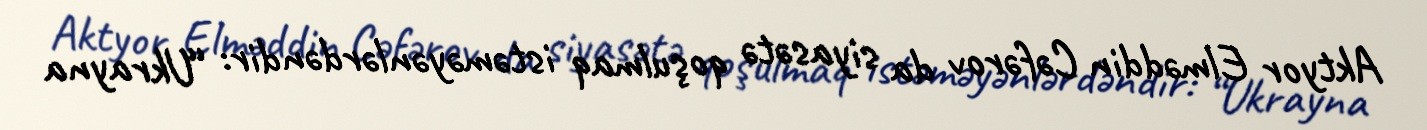
Aktyor Elməddin Cəfərov da siyasətə qoşulmaq istəməyənlərdəndir: “Ukrayna